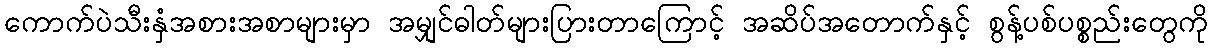
ကောက်ပဲသီးနှံအစားအစာများမှာ အမျှင်ဓါတ်များပြားတာကြောင့် အဆိပ်အတောက်နှင့် စွန့်ပစ်ပစ္စည်းတွေကို